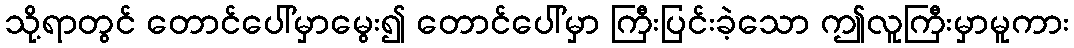
သို့ရာတွင် တောင်ပေါ်မှာမွေး၍ တောင်ပေါ်မှာ ကြီးပြင်းခဲ့သော ဤလူကြီးမှာမူကား